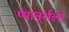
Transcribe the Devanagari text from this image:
प्यानुर्सला